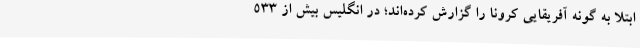
ابتلا به گونه آفریقایی کرونا را گزارش کرده‌اند؛ در انگلیس بیش از ۵۳۳